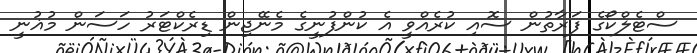
ސްޓެލްކޯގެ ފަރާތުން ސޮއި ކުރެއްވީ އެ ކުންފުނީގެ މެނޭޖިން ޑިރެކްޓަރު ހަސަން މުޣުނީ